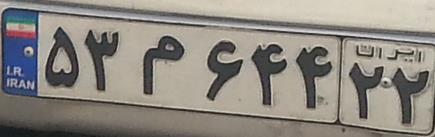
۵۳م۶۴۴۲۲